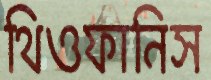
থিওফানিস